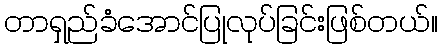
တာရှည်ခံအောင်ပြုလုပ်ခြင်းဖြစ်တယ်။